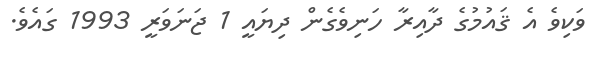
ވަކިވެ އެ ޤައުމުގެ ދާއިރާ ހަނިވެގެން ދިޔައީ 1 ޖަނަވަރީ 1993 ގައެވެ.